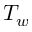
T _ { w }